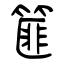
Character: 篚